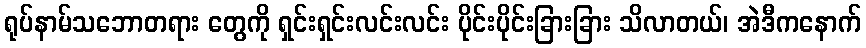
ရုပ်နာမ်သဘောတရား တွေကို ရှင်းရှင်းလင်းလင်း ပိုင်းပိုင်းခြားခြား သိလာတယ်၊ အဲဒီကနောက်